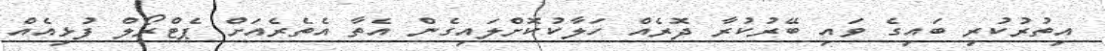
އިތުރުކުރި ބައިގެ ވައި ބޭރުކުރާ ދޮރެއް ހަލާކުކޮށްލައިގެން އެތާ އެތެރެއަށް ޕެޓްރޯލް ފުޅިއެއް